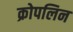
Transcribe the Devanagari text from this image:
क्रोपलिन